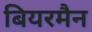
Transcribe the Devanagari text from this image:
बियरमैन